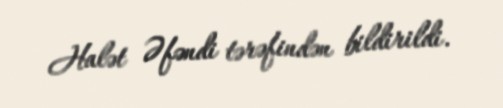
Halət Əfəndi tərəfindən bildirildi.